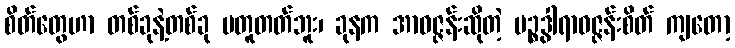
စိတ်တွေဟာ တစ်ခုနဲ့တစ်ခု မတူတတ်ဘူး၊ ခုနက အာဝဇ္ဇန်းဆိုတဲ့ ပဉ္စဒွါရာဝဇ္ဇန်းစိတ် ကျတော့